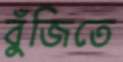
বুঁজিতে